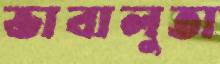
ভাবালুতা